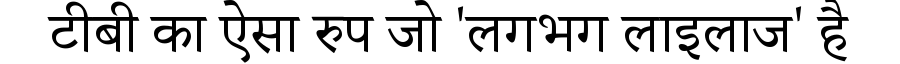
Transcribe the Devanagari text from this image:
टीबी का ऐसा रुप जो 'लगभग लाइलाज' है